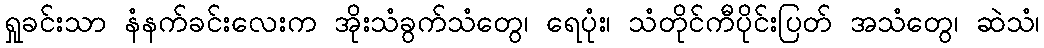
ရှုခင်းသာ နံနက်ခင်းလေးက အိုးသံခွက်သံတွေ၊ ရေပုံး၊ သံတိုင်ကီပိုင်းပြတ် အသံတွေ၊ ဆဲသံ၊